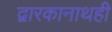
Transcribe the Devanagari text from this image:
द्वारकानाथही